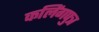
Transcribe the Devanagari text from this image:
कलिंगपुत्र